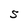
Character: S